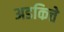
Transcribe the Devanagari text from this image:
अडकित्ते